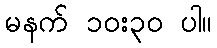
မနက် ၁၀း၃၀ ပါ။